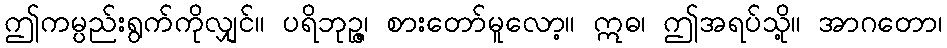
ဤကမ္ပည်းရွက်ကိုလျှင်။ ပရိဘုဉ္ဇ၊ စားတော်မူလော့။ ဣဓ၊ ဤအရပ်သို့။ အာဂတော၊